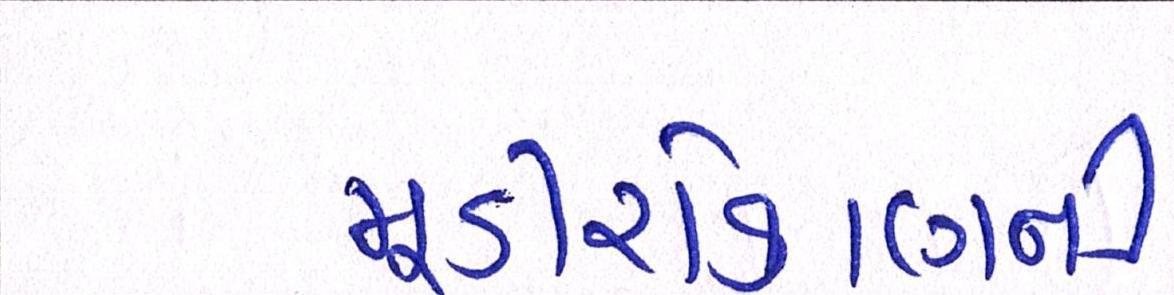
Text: મૂડીરોકાણની